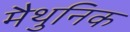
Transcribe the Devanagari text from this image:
मैथुनिक